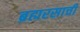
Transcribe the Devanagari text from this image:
ब्रह्मरसाची